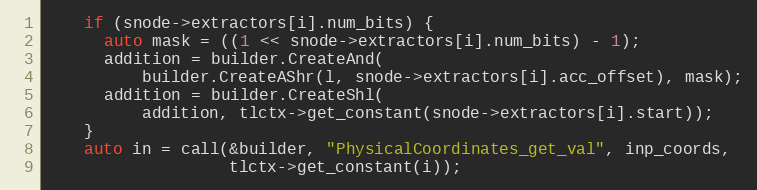
Language: C++
    if (snode->extractors[i].num_bits) {
      auto mask = ((1 << snode->extractors[i].num_bits) - 1);
      addition = builder.CreateAnd(
          builder.CreateAShr(l, snode->extractors[i].acc_offset), mask);
      addition = builder.CreateShl(
          addition, tlctx->get_constant(snode->extractors[i].start));
    }
    auto in = call(&builder, "PhysicalCoordinates_get_val", inp_coords,
                   tlctx->get_constant(i));